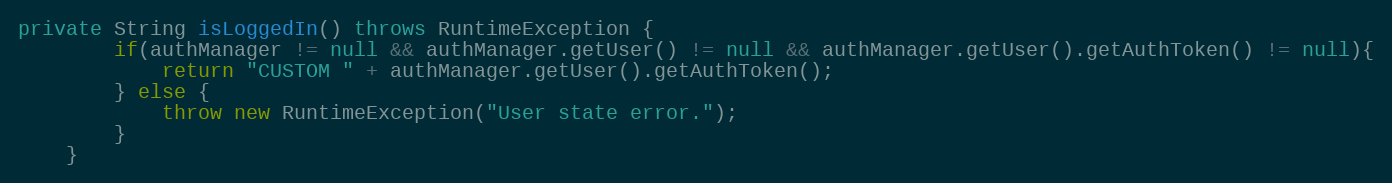
Language: Java
private String isLoggedIn() throws RuntimeException {
        if(authManager != null && authManager.getUser() != null && authManager.getUser().getAuthToken() != null){
            return "CUSTOM " + authManager.getUser().getAuthToken();
        } else {
            throw new RuntimeException("User state error.");
        }
    }